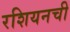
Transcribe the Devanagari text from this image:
रशियनची